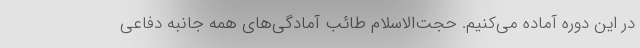
در این دوره آماده می‌کنیم. حجت‌الاسلام طائب آمادگی‌های همه جانبه دفاعی